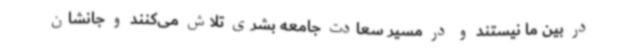
در بین ما نیستند و در مسیر سعادت جامعه بشری تلاش می‌کنند و جانشان